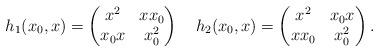
LaTeX: \begin{align*} h_1(x_0, x)=\begin{pmatrix} x^2&xx_0\\ x_0x&x_0^2\end{pmatrix} \quad h_2(x_0,x)=\begin{pmatrix} x^2&x_0x\\ xx_0&x_0^2 \end{pmatrix}.\end{align*}